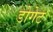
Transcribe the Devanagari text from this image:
डोगेट